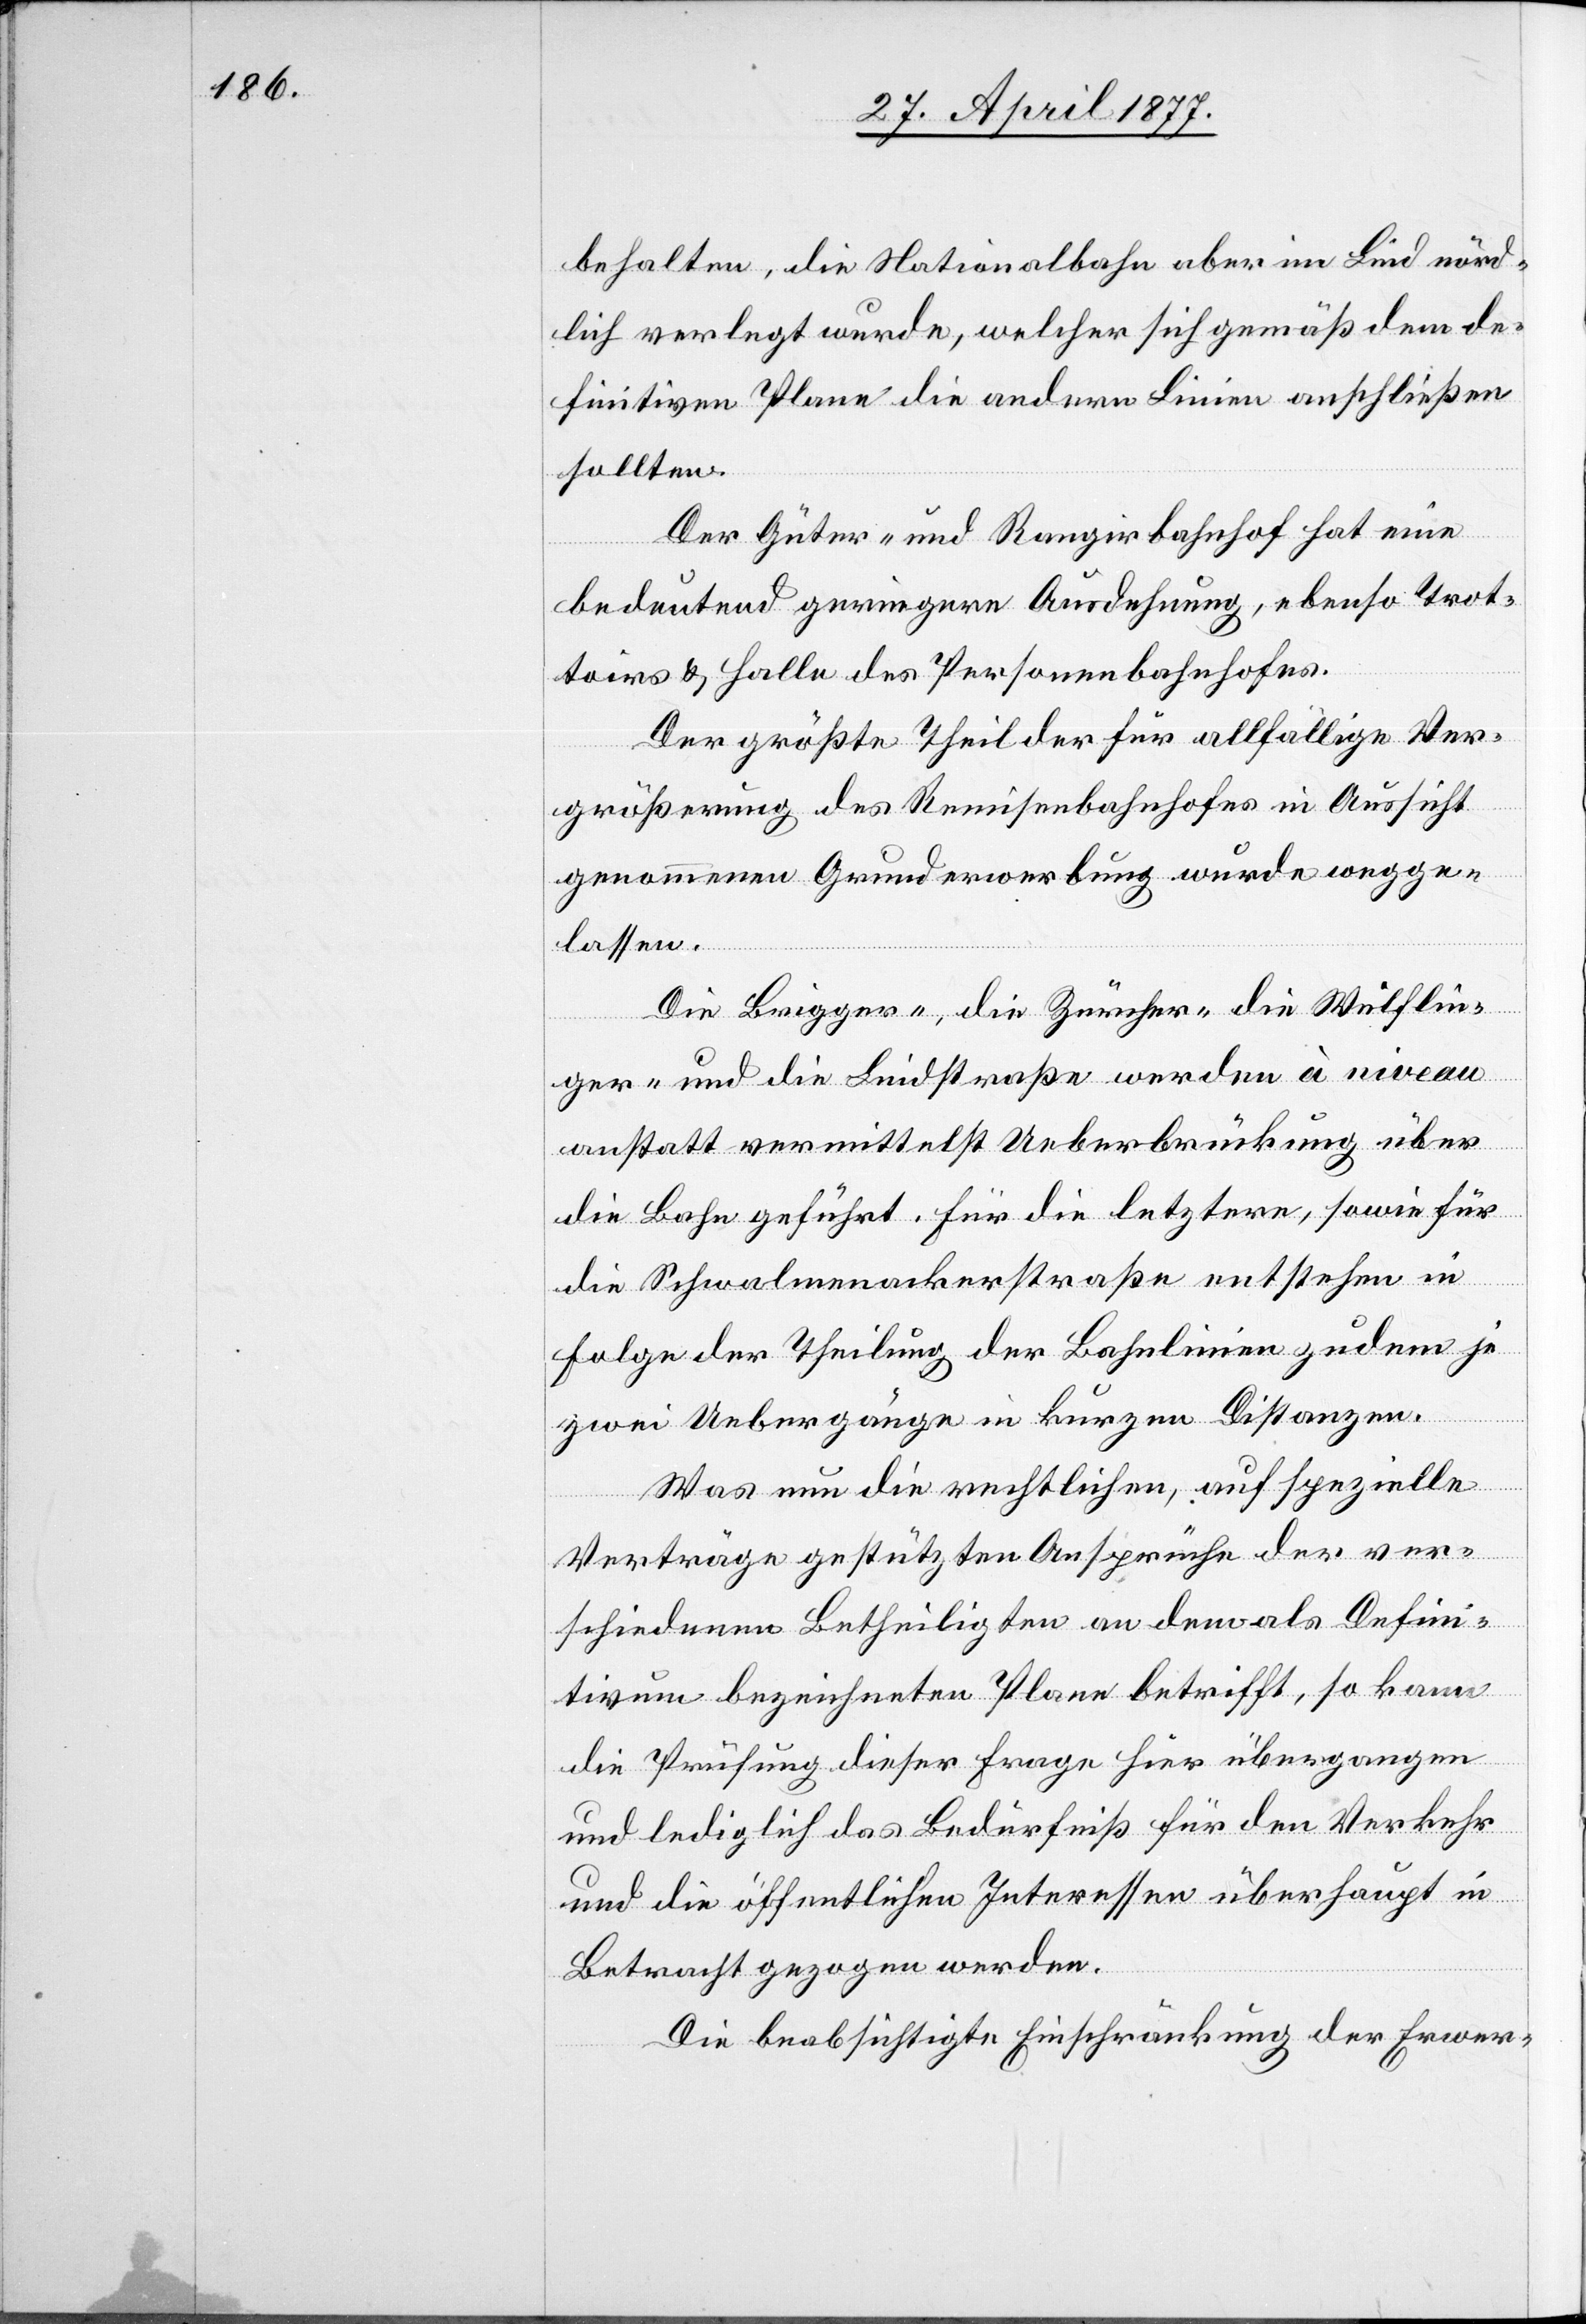
behalten, die Nationalbahn aber im Lind nörd¬
lich verlegt wurde, welcher sich gemäß dem de¬
finitiven Plane die andern Linien anschließen
sollten.
Der Güter- und Rangirbahnhof hat eine
bedeutend geringere Ausdehnung, ebenso Trot¬
toirs & Halle des Personenbahnhofes.
Der größte Theil der für allfällige Ver¬
größerung des Remisenbahnhofes in Aussicht
genommenen Grunderwerbung wurde wegge¬
lassen.
Die Brigger-, die Zürcher- die Wülflin¬
ger- und die Lindstraße werden à niveau
anstatt vermittelst Ueberbrückung über
die Bahn geführt. Für die letztere, sowie für
die Schwalmenackerstraße entstehen in
Folge der Theilung der Bahnlinien zudem je
zwei Uebergänge in kurzen Distanzen.
Was nun die rechtlichen, auf spezielle
Verträge gestützten Ansprüche der ver¬
schiedenen Betheiligten an dem als Defini¬
tivum bezeichneten Plane betrifft, so kann
die Prüfung dieser Frage hier übergangen
und lediglich das Bedürfniß für den Verkehr
und die öffentlichen Interessen überhaupt in
Betracht gezogen werden.
Die beabsichtigte Einschränkung der Erwer-